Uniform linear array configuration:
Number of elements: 12
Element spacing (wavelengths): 0.5
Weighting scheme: cosine
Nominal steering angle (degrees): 0
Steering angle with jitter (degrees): -1.253
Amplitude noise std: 0.05
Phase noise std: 0.05

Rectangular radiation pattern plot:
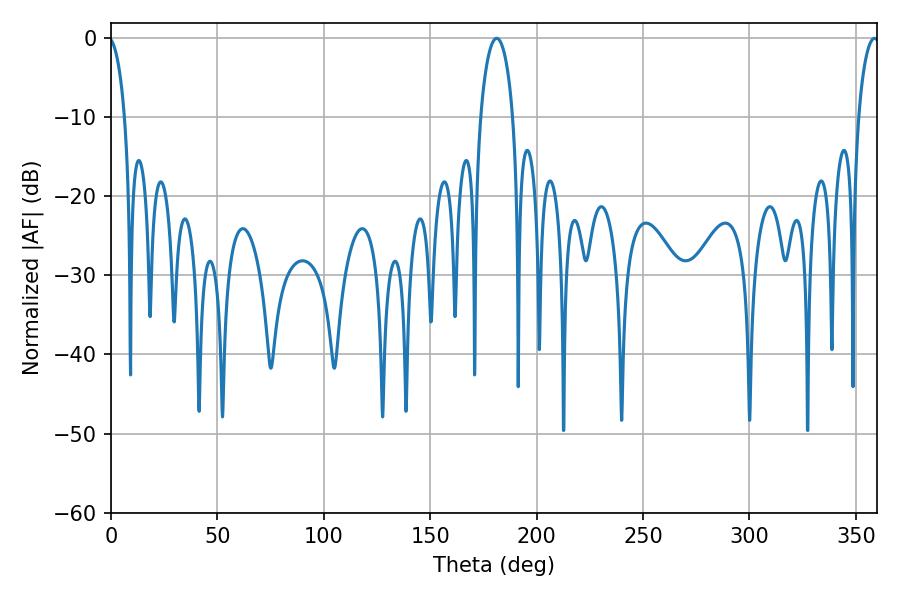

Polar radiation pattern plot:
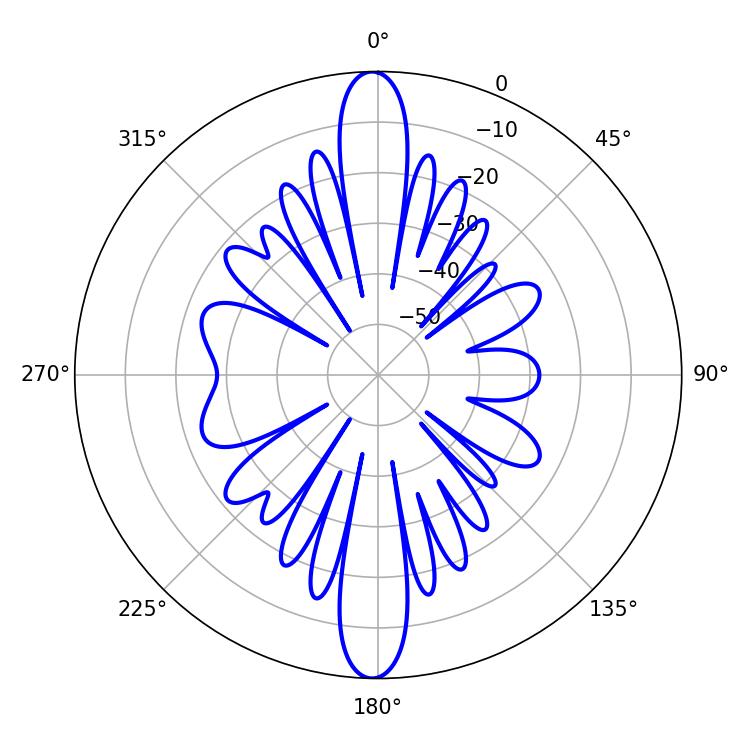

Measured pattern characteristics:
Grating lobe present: FALSE
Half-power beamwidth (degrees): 8.64
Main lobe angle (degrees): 181.26